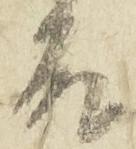
殿